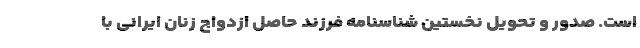
است. صدور و تحویل نخستین شناسنامه فرزند حاصل ازدواج زنان ایرانی با